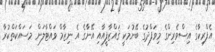
އެފްރިކާގެ އިސްވެރިންގެ މިވަފްދުގެ ބޭނުމަކީ ޤައްޒާފީއާއި އޭނާގެ އެ ނިޒާމް ވައްޓާލަން މަސައްކަތްކުރާ